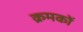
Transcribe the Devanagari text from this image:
क्रमकों